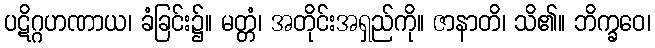
ပဋိဂ္ဂဟဏာယ၊ ခံခြင်း၌။ မတ္တံ၊ အတိုင်းအရှည်ကို။ ဇာနာတိ၊ သိ၏။ ဘိက္ခဝေ၊